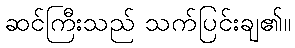
ဆင်ကြီးသည် သက်ပြင်းချ၏။